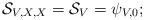
LaTeX: \begin{align*} \mathcal{S}_{V, X, X}= \mathcal{S}_V=\psi_{V,0}; \end{align*}